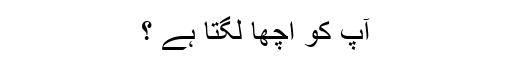
آپ کو اچھا لگتا ہے ؟